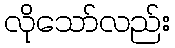
လိုသော်လည်း